system: You are a helpful assistant.
user:
Analyze the provided spectrum to determine if it is a **S-type Star**.

- **Key Indicators for S-type Star:**

    - **(Overall Spectrum Shape):** The first and most obvious characteristic is the overall continuum (the "baseline" shape). It is **extremely "red-sloping,"** meaning the flux (light intensity) is very low on the left side (blue, ~4000-4500 Å) and rises steeply and continuously toward the right side (red, ~7000 Å+).

    - **(Primary):** The spectrum is defined by the presence of strong, broad molecular absorption "valleys" (bands) from **Zirconium Oxide (ZrO)**. The identification of these bands is the **primary requirement** for classifying a star as S-type.
        - **(Key Bandheads):** You must find distinct, deep "dips" where the light has been absorbed. The most critical band systems to locate are:
            - **~6474 Å** ($\gamma$-system): This is often the strongest and clearest ZrO feature, found in the red part of the spectrum.
            - **~5718 Å** & **~5551 Å** ($\beta$-system): A pair of prominent absorption features in the yellow-orange part of the spectrum.
            - **~4640 Å** ($\alpha$-system): A key absorption band system in the blue-green region of the spectrum.

    - **(Secondary Confirmation):** The classification is strengthened by finding additional absorption bands from other related heavy element oxides, which are expected to be present alongside ZrO.
        - **(Key Bandheads):**
            - **Yttrium Oxide (YO):** Look for absorption dips near **~4800 Å** and **~6100 Å**.
            - **Lanthanum Oxide (LaO):** Additional absorption features, particularly in the red-orange part of the spectrum, are also characteristic.

    - **(Line Profile):** The combination of the steep red continuum and these numerous, deep molecular bands (ZrO, YO, etc.) gives the entire spectrum a very **"chopped-up"** or **"bumpy"** appearance. Instead of a smooth curve, the spectrum looks as though large, wide chunks of light have been "carved out" of it at the specific wavelengths listed above.

Think first, call **spectral_visualization_tool** if needed to examine features in detail, then provide your final answer. Your response must adhere to the following strict rules:
1.  **Overall Structure:** Your response must follow the format `<think>...</think> <tool_call>...</tool_call> (if a tool is used) <answer>...</answer>`.
2.  **Tool Usage Constraint:** You may only make **one** tool call per turn.
3.  **Final Answer Format:** In the `<answer>` tag, your conclusion must be inside a `\boxed{}` command (e.g., `\boxed{YES}` or `\boxed{NO}`), followed by your justification.

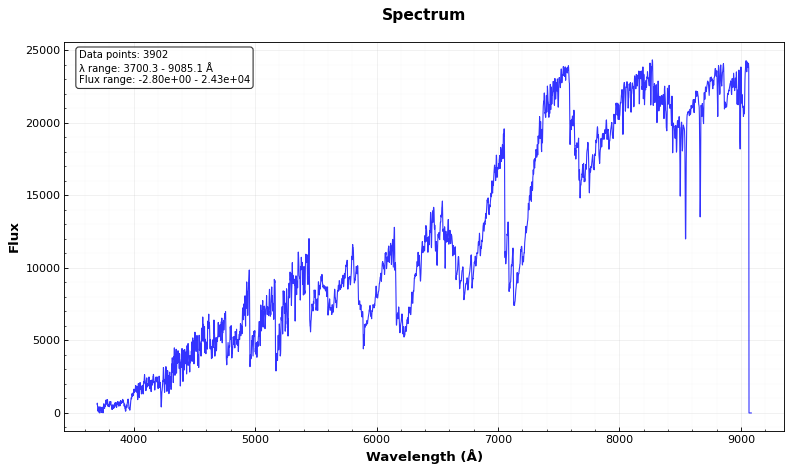
Answer: YES